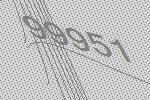
99951